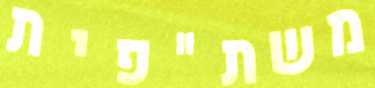
משת"פית